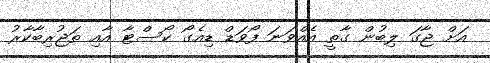
އަށް ޖާގަ ލިބުން ގާތީ އެއްވަނަ ފޯވަޑް ޑިއެގޯ ކޯސްޓާ އާއި ތަޖުރިބާކާރު